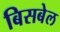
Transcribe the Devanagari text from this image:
बिसबेल